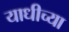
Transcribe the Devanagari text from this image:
याधीच्या